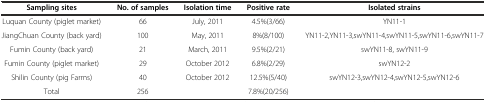
| Sampling sites | No. of samples | Isolation time | Positive rate | Isolated strains |
 | --- | --- | --- | --- | --- |
 | Luquan County (piglet market) | 66 | July, 2011 | 4.5%(3/66) | YN11-1 |
 | JiangChuan County (back yard) | 100 | May, 2011 | 8%(8/100) | YN11-2,YN11-3,swYN11-4,swYN11-5,swYN11-6,swYN11-7 |
 | Fumin County (back yard) | 21 | March, 2011 | 9.5%(2/21) | swYN11-8, swYN11-9 |
 | Fumin County (piglet market) | 29 | October 2012 | 6.8%(2/29) | swYN12-2 |
 | Shilin County (pig Farms) | 40 | October 2012 | 12.5%(5/40) | swYN12-3,swYN12-4,swYN12-5,swYN12-6 |
 | Total | 256 |  | 7.8%(20/256) |  |